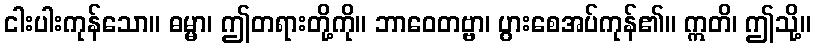
ငါးပါးကုန်သော။ ဓမ္မာ၊ ဤတရားတို့ကို။ ဘာဝေတဗ္ဗာ၊ ပွားစေအပ်ကုန်၏။ ဣတိ၊ ဤသို့။